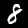
Label: 8